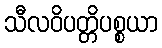
သီလဝိပတ္တိပစ္စယာ